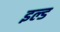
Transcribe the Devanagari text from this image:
इल्ड